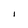
Character: I